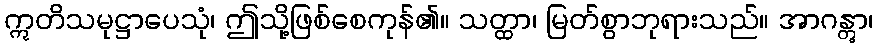
ဣတိသမုဋ္ဌာပေသုံ၊ ဤသို့ဖြစ်စေကုန်၏။ သတ္ထာ၊ မြတ်စွာဘုရားသည်။ အာဂန္တွာ၊